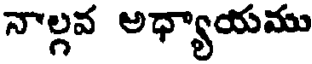
నాల్గవ అధ్యాయము